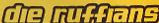
die ruffians